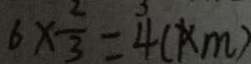
6 \times \frac { 2 } { 3 } = 4 ( k m )